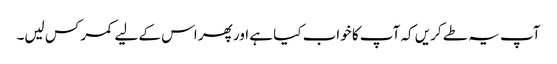
آپ یہ طے کریں کہ آپ کا خواب کیا ہے اور پھر اس کے لیے کمر کس لیں۔